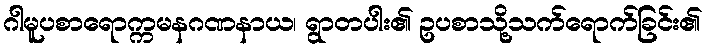
ဂါမူပစာရောက္ကမနဂဏနာယ၊ ရွာတပါး၏ ဥပစာသို့သက်ရောက်ခြင်း၏